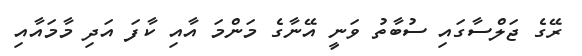
ރޭގެ ޖަލްސާގައި ސުބާތު ވަނީ އޭނާގެ މަންމަ އާއި ކާފަ އަދި މާމައާއި